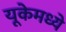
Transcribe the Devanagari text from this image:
यूकेमध्ये